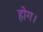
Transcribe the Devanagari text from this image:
होग।